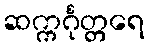
ဆက္ကင်္ဂုတ္တရေ